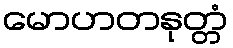
မောဟတနုတ္တံ